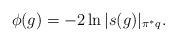
LaTeX: \begin{align*}\phi(g)=-2\ln|s(g)|_{\pi^*q}.\end{align*}